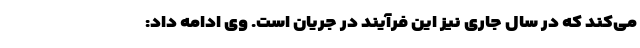
می‌کند که در سال جاری نیز این فرآیند در جریان است. وی ادامه داد: